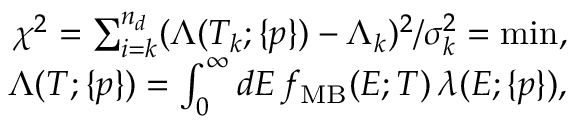
\begin{array} { r l r } & { } & { \chi ^ { 2 } = \sum _ { i = k } ^ { n _ { d } } ( \Lambda ( T _ { k } ; \{ p \} ) - \Lambda _ { k } ) ^ { 2 } / \sigma _ { k } ^ { 2 } = \operatorname* { m i n } , } \\ & { } & { \Lambda ( T ; \{ p \} ) = \int _ { 0 } ^ { \infty } d E \, f _ { \mathrm { M B } } ( E ; T ) \, \lambda ( E ; \{ p \} ) , } \end{array}